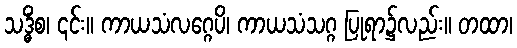
သဒ္ဓိံစ၊ ၎င်း။ ကာယသံလဂ္ဂေပိ၊ ကာယသံသဂ္ဂ ပြုရာ၌လည်း။ တထာ၊